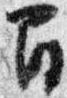
間